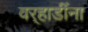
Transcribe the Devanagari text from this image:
वर्‍हाडींना